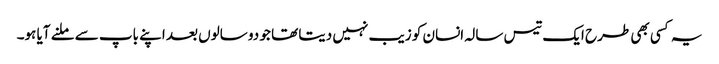
یہ کسی بھی طرح ایک تیس سالہ انسان کو زیب نہیں دیتا تھا جو دو سالوں بعد اپنے باپ سے ملنے آیا ہو۔